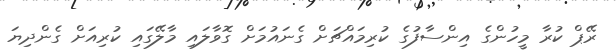
ރޭޕް ކުރާ މީހުންގެ އިންސާފުގެ ކުރިމައްޗަށް ގެނައުމަށް ގޮވާލައި މާލޭގައި ކުރިއަށް ގެންދިޔަ